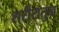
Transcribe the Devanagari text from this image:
शरीरातुन